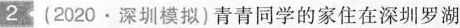
2 (2020·深圳模拟)青青同学的家住在深圳罗湖